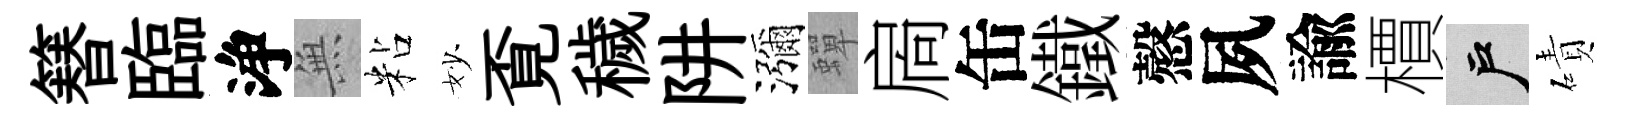
簮臨浄𭴾粘妙覔穢阱瀰蟬扄缶鐵慤夙諭檟户磧